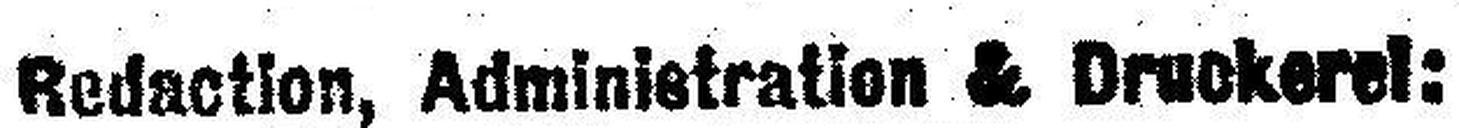
Redaction, Administration & Druckerei: